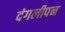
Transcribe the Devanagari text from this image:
दंगलीपन